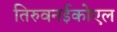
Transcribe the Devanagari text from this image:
तिरुवनईकोएल